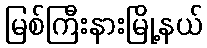
မြစ်ကြီးနားမြို့နယ်